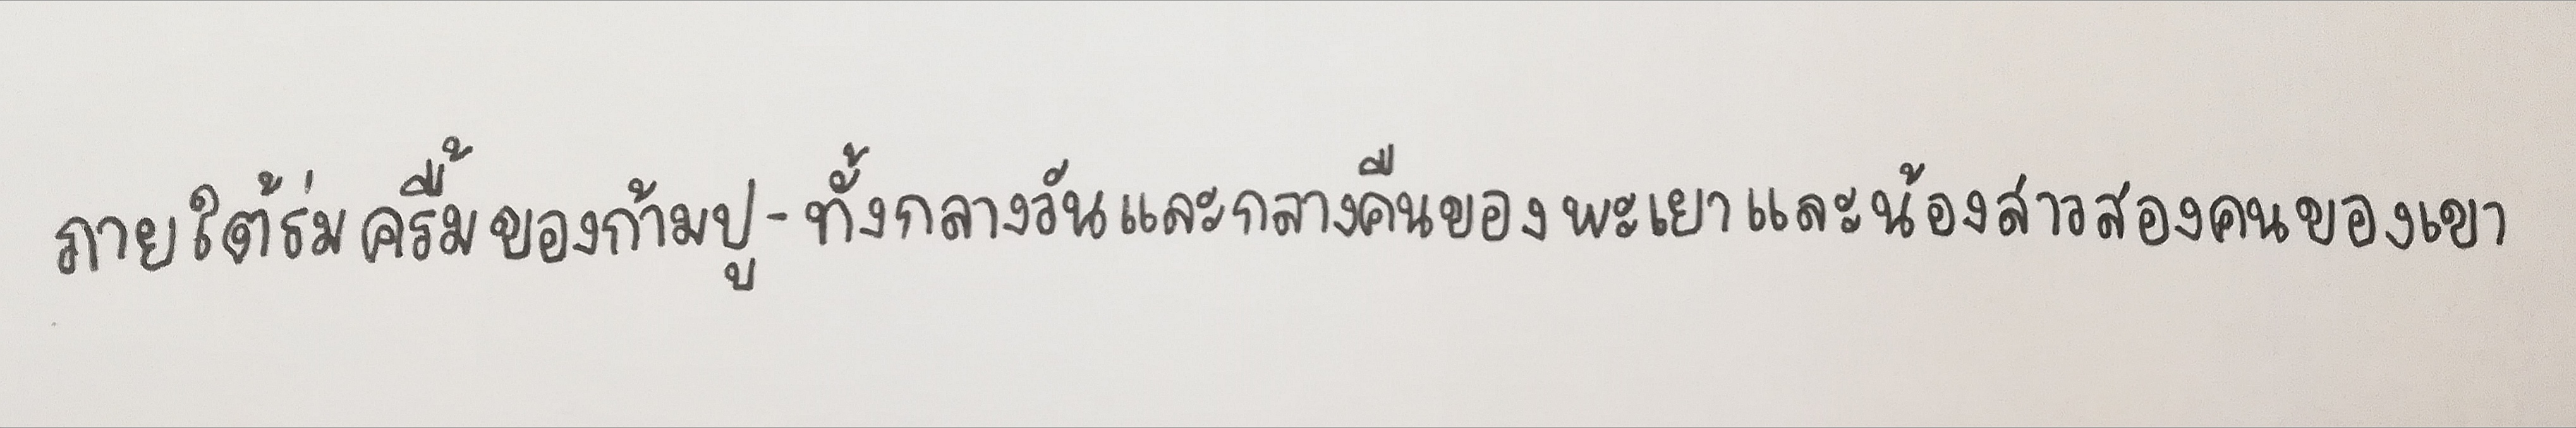
ภายใต้ร่มครื้มของก้ามปู-ทั้งกลางวันและกลางคืนของพะเยาและน้องสาวสองคนของเขา